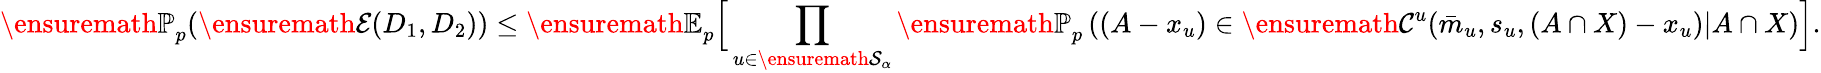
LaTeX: {\ensuremath{\mathbb P}}_{p}(\ensuremath{\mathcal E}(D_{1},D_{2}))\le{\ensuremath{\mathbb E}}_{p}\Big[\prod_{u\in\ensuremath{\mathcal S}_{\alpha}}{\ensuremath{\mathbb P}}_{p}\left((A-x_{u})\in\ensuremath{\mathcal C}^{u}(\bar{m}_{u},s_{u},(A\cap X)-x_{u})|A\cap X\right)\Big].